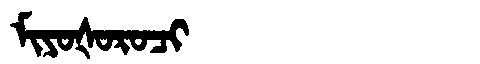
Manchu: ᠮᡳᠶᠣᡧᠣᡵᠣᠴᡳ
Romanization: MIYOŠOROCI